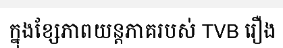
ក្នុងខ្សែភាពយន្តភាគរបស់ TVB រឿង